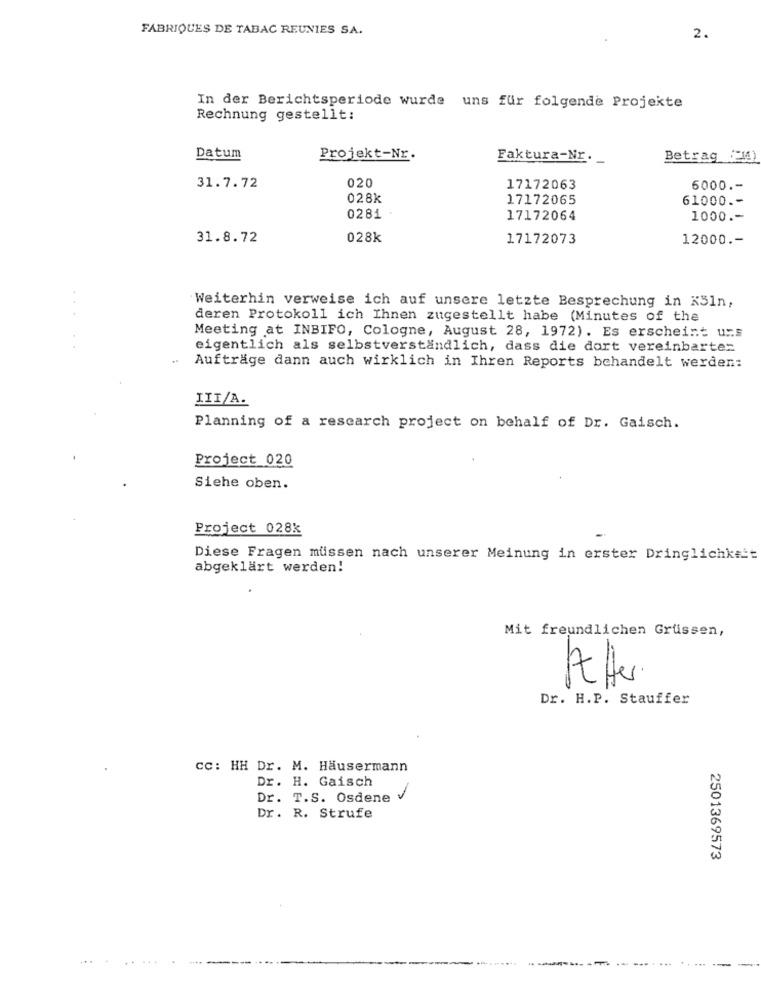
FABRIQUES DE TABAC REUNIES SA.
2.
In der Berichtsperiode wurde uns für folgende Projekte
Rechnung gestellt:
Datum
Projekt-Nr.
Faktura-Nr.
Betrag (-1)
020
31.7.72
17172063
6000 .-
028k
17172065
61000 .-
0281
17172064
1000 .-
31.8.72
028k
17172073
12000 .-
Weiterhin verweise ich auf unsere letzte Besprechung in KSIn,
deren Protokoll ich Ihnen zugestellt habe (Minutes of the
Meeting at INBIFO, Cologne, August 28, 1972). Es erscheint urs
... ..
eigentlich als selbstverständlich, dass die dort vereinbarten
Aufträge dann auch wirklich in Ihren Reports behandelt werden:
IIT/A.
Planning of a research project on behalf of Dr. Gaisch.
Project 020
Siehe oben.
Project 028k
Diese Fragen müssen nach unserer Meinung in erster Dringlichkeit
abgeklärt werden!
Mit freundlichen Grüssen,
Alter.
Dr. H.P. Stauffer
cc: HH Dr. M. Häusermann
Dr. H. Gaisch
Dr. T.S. Osdene
Dr. R. Strufe
2501369573
----